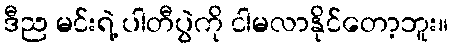
ဒီည မင်းရဲ့ ပါတီပွဲကို ငါမလာနိုင်တော့ဘူး။